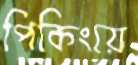
পিকিংয়ে